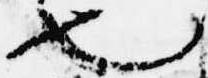
也